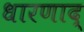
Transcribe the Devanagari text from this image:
धारणाद्